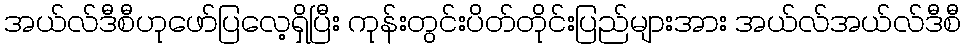
အယ်လ်ဒီစီဟုဖော်ပြလေ့ရှိပြီး ကုန်းတွင်းပိတ်တိုင်းပြည်များအား အယ်လ်အယ်လ်ဒီစီ